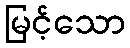
မြင့်သော